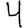
Digit: 4